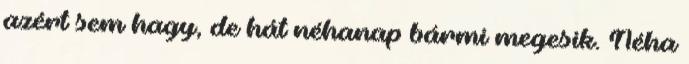
azért sem hagy, de hát néhanap bármi megesik. Néha